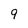
Character: 9